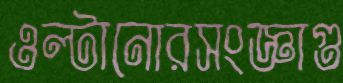
ওল্টানোরসংজ্ঞাগু